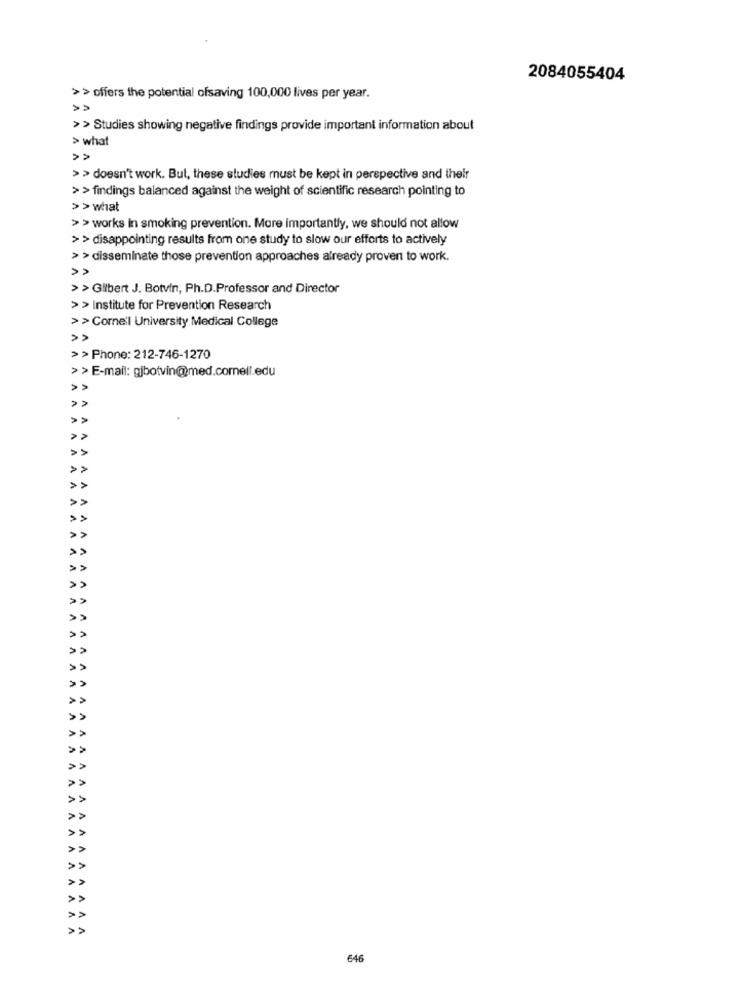
2084055404
>> offers the potential ofsaving 100,000 lives per year.
>> Studies showing negative findings provide important information about
> what
> > doesn't work. But, these studies must be kept in perspective and their
> > findings balanced against the weight of scientific research pointing to
> > what
> > works in smoking prevention. More importantly, we should not allow
> > disappointing results from one study to slow our efforts to actively
> > disseminate those prevention approaches already proven to work.
> > Gilbert J. Botvin, Ph.D.Professor and Director
>> Institute for Prevention Research
>>Cornell University Medical College
> > Phone: 212-746-1270
> > E-mail: gjbotvin@med.comell.edu
V
AAAAAA
AAA
AAA
€46